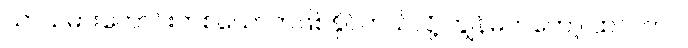
ယာသမားကောင်းတစ်ယောက်ဖြစ်နိုင်တယ်လို့ ကျွန်မကတော့ ထင်တာပဲ